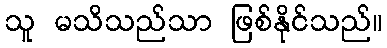
သူ မသိသည်သာ ဖြစ်နိုင်သည်။